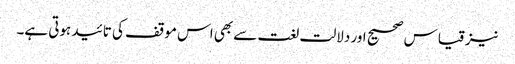
نیز قیاس صحیح اور دلالت لغت سے بھی اس موقف کی تائید ہوتی ہے۔